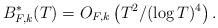
LaTeX: \begin{align*} B^*_{F,k}(T) = O_{F,k} \left(T^{2}/ (\log T)^{4} \right). \end{align*}